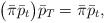
\begin{align*}\big(\bar \pi\bar p_t\big) \bar p_T= \bar \pi \bar p_t,\end{align*}